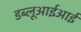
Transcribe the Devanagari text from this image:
डब्लूआईआई